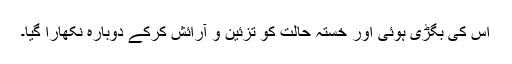
اس کی بگڑی ہوئی اور خستہ حالت کو تزئین و آرائش کرکے دوبارہ نکھارا گیا۔